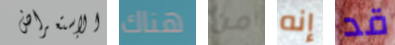
الإستعراض هناك من إنه قد